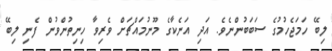
ލިބޭ ހަމަޖެހުމުގެ ސަބަބުންނެވެ. އަދި އަނެކާގެ މޫނުމައްޗަށް ވެރިވާ ހިނިތުންވުން ފެނި ލިބޭ